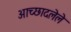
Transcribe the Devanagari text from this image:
अाच्छादलेले